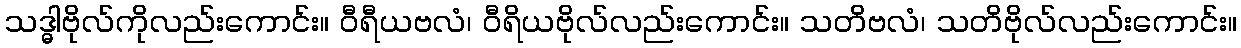
သဒ္ဓါဗိုလ်ကိုလည်းကောင်း။ ဝီရီယဗလံ၊ ဝီရိယဗိုလ်လည်းကောင်း။ သတိဗလံ၊ သတိဗိုလ်လည်းကောင်း။